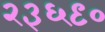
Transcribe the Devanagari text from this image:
२३६९०